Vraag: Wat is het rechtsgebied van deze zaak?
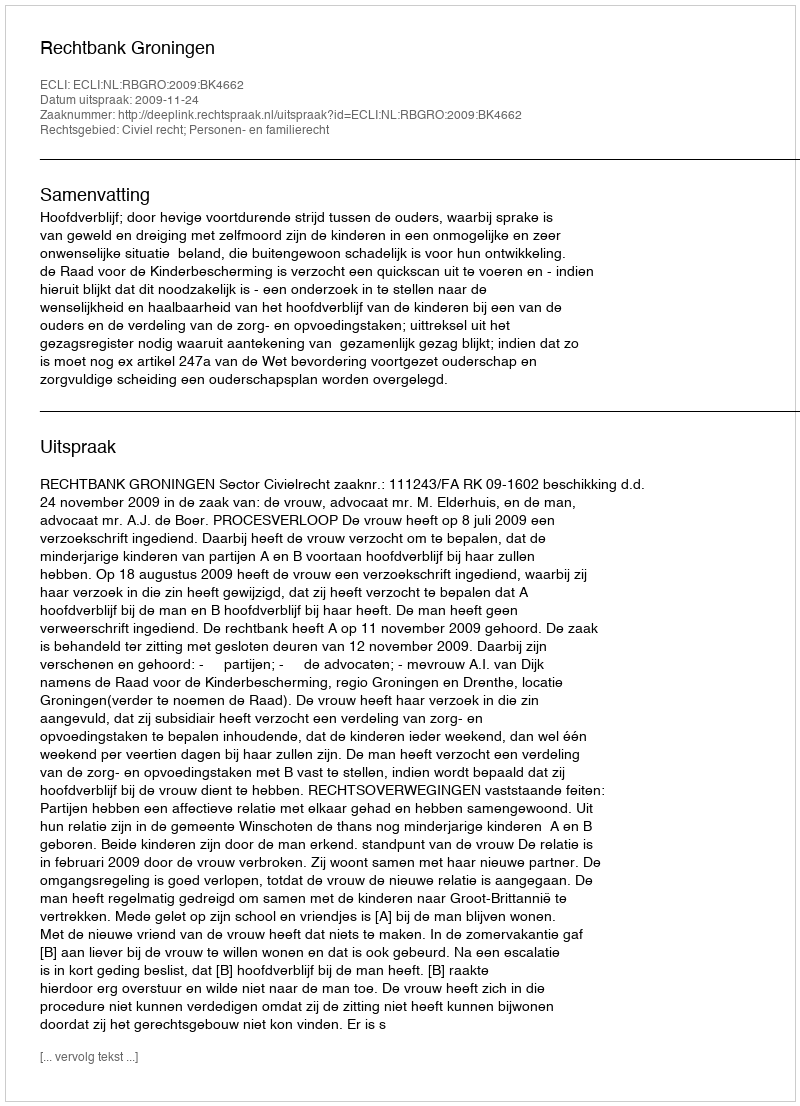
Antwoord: Civiel recht; Personen- en familierecht